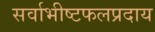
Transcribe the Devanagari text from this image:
सर्वाभीष्टफलप्रदाय